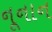
નૂનાન